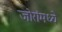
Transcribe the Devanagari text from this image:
जोरांमध्ये